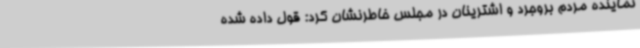
نماینده مردم بروجرد و اشترینان در مجلس خاطرنشان کرد: قول داده شده